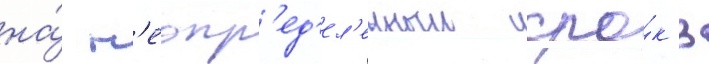
на́ н'еопр'ед'ел'енныи сро́к в